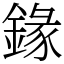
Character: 䤸